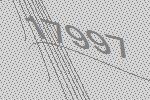
17997